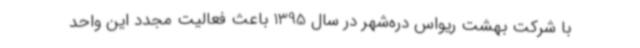
با شرکت بهشت ریواس دره‌شهر در سال 1395 باعث فعالیت مجدد این واحد